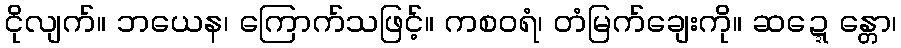
ငိုလျက်။ ဘယေန၊ ကြောက်သဖြင့်။ ကစဝရံ၊ တံမြက်ချေးကို။ ဆဍ္ဍေန္တော၊